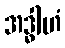
အဒ္ဓါဟံ